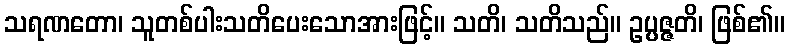
သရဏတော၊ သူတစ်ပါးသတိပေးသောအားဖြင့်။ သတိ၊ သတိသည်။ ဥပ္ပဇ္ဇတိ၊ ဖြစ်၏။